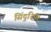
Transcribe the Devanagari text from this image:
सिंदुरिया